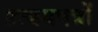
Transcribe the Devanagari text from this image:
प्रत्ययपत्रों